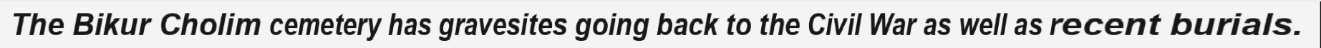
The Bikur Cholim cemetery has gravesites going back to the Civil War as well as recent burials.